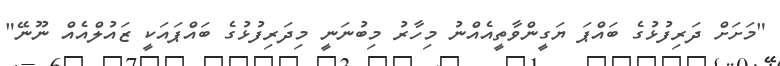
"މަށަށް ދަރިފުޅުގެ ބައްޕަ ޔަގީންވާތީއެއްނު މިހާރު މިބުނަނީ މިދަރިފުޅުގެ ބައްޕައަކީ ޒައުލްއެއް ނޫނޭ"